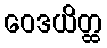
ဝေဒယိတ္ထ